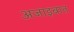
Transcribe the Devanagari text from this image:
अजाइबात